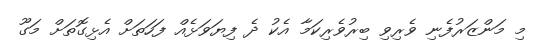
މި މަންޒަރުފެނި ވެރިވި ބިރުވެރިކަމާ އެކު ދެ ފިޔަވަޅެއް ފަހަތަށް އެޅިގޮތަށް މަގޫ